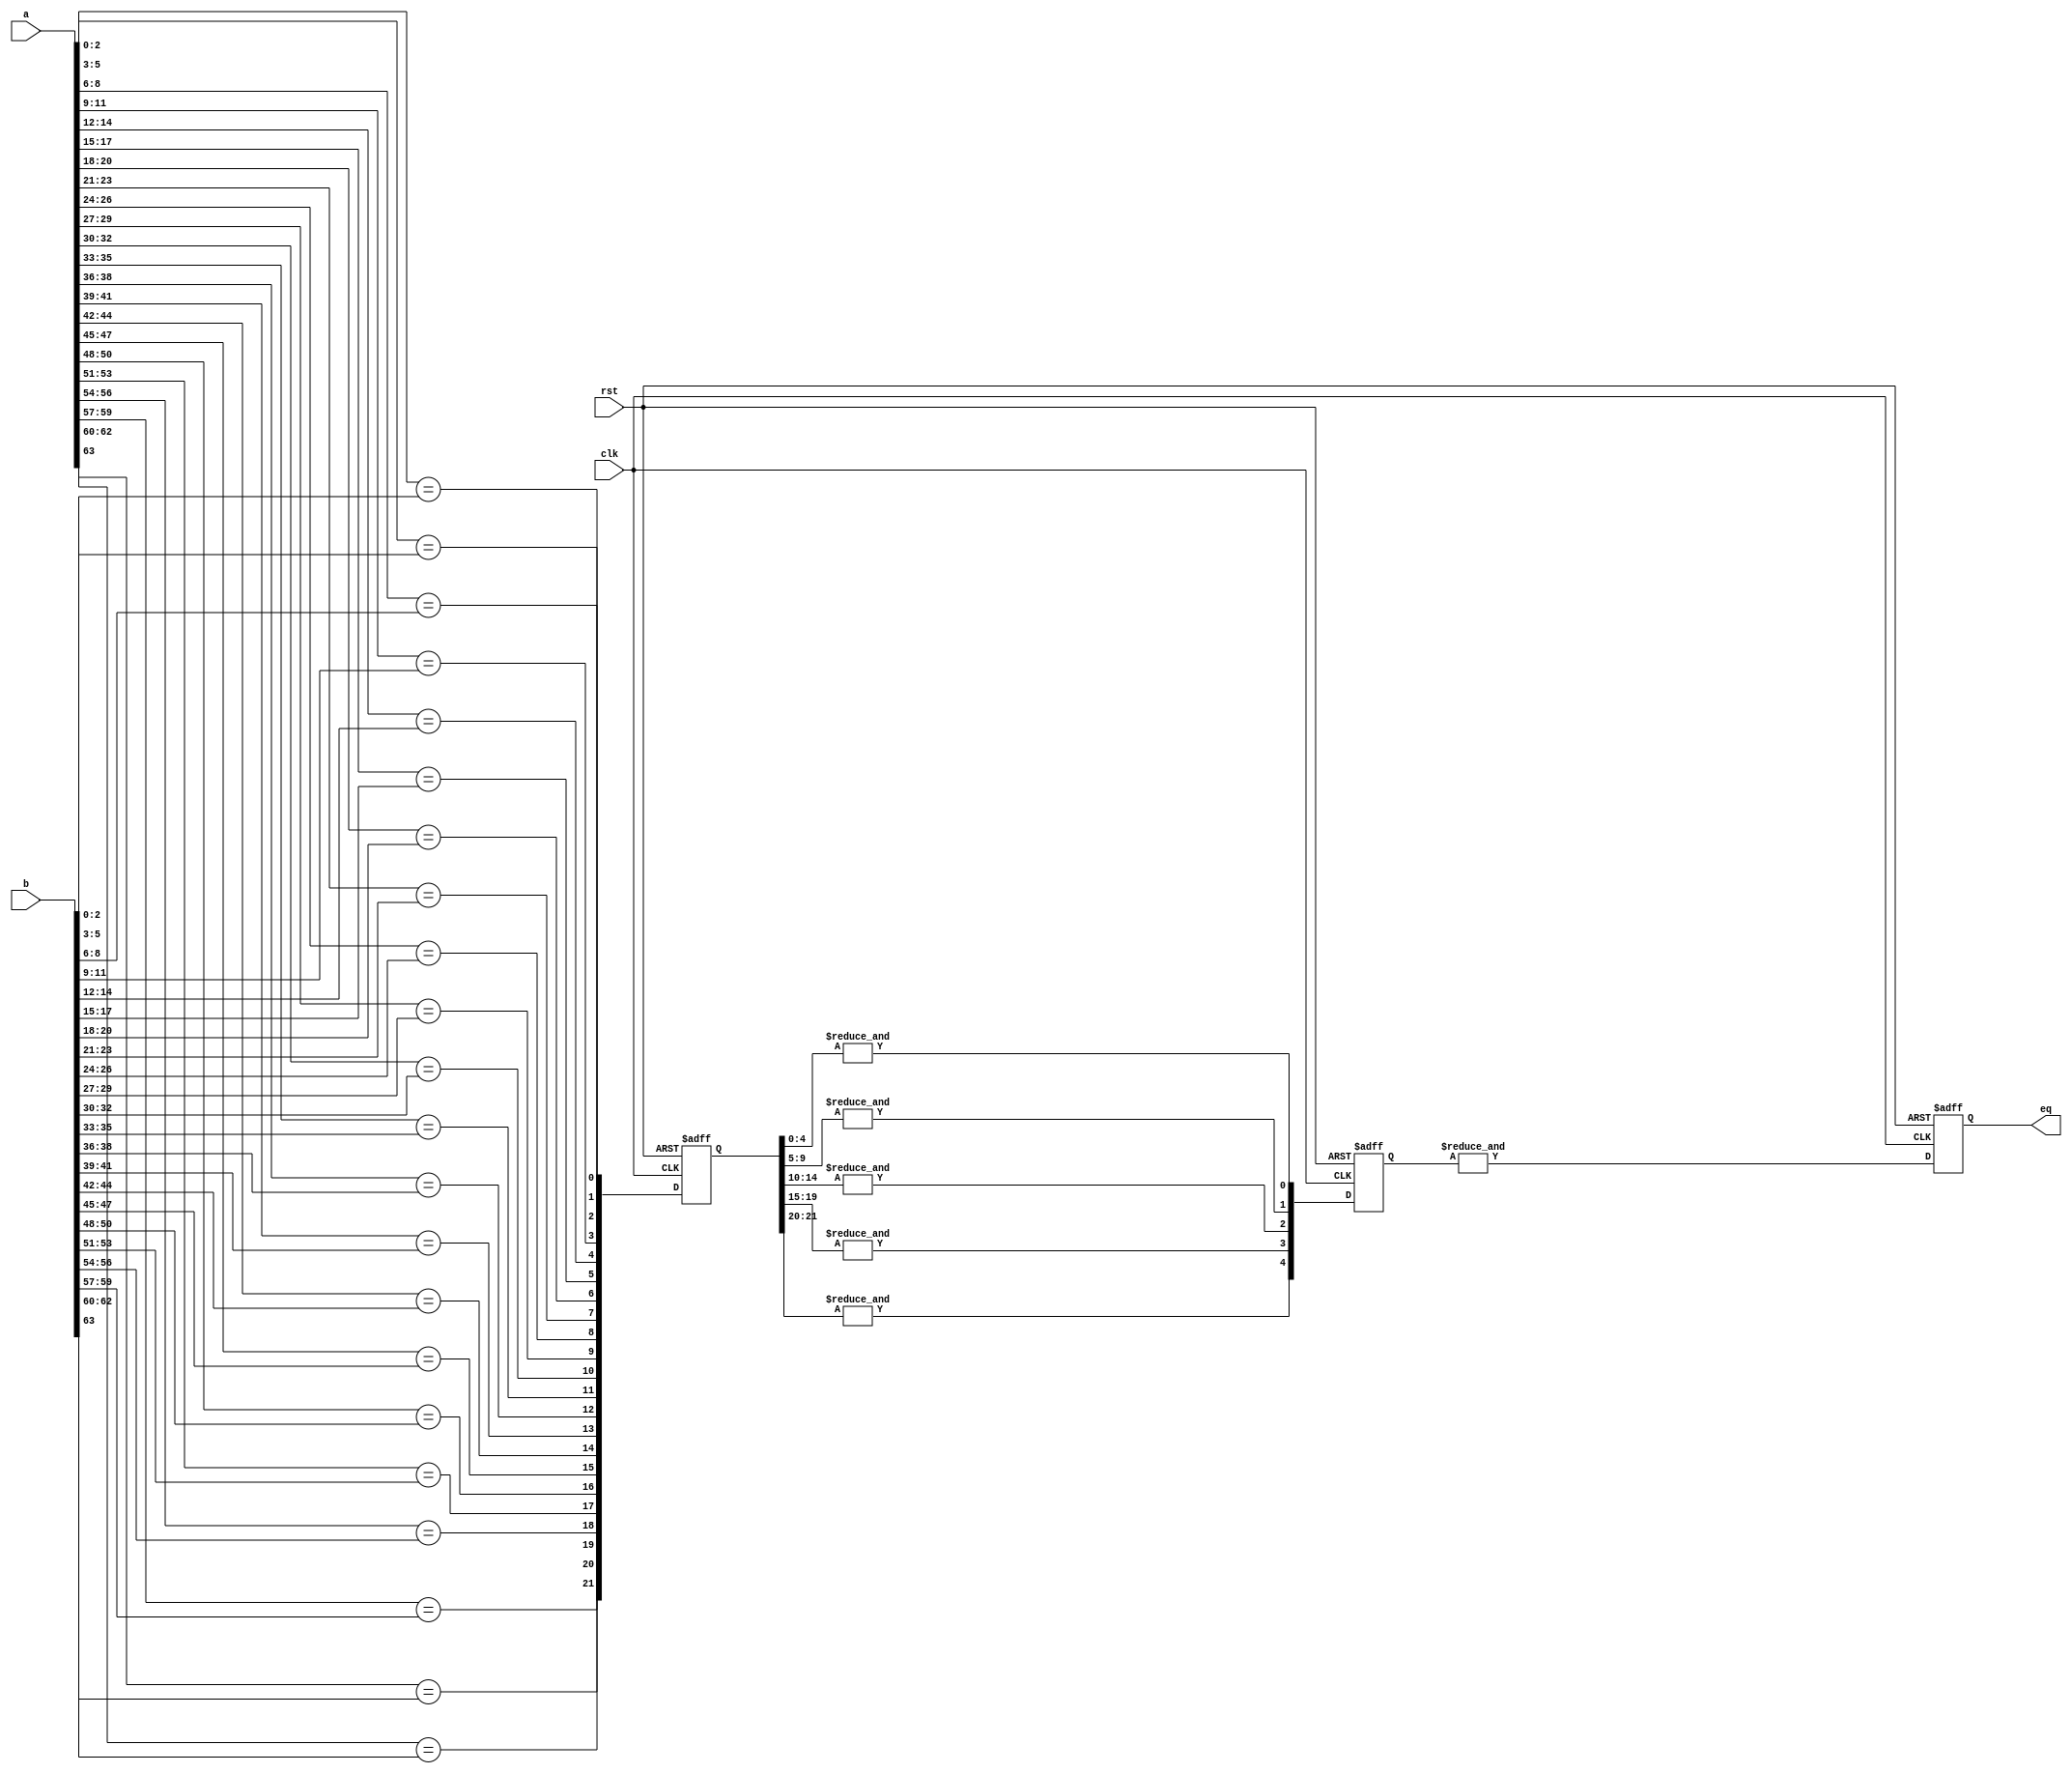
// Copyright 2007 Altera Corporation. All rights reserved.  
// Altera products are protected under numerous U.S. and foreign patents, 
// maskwork rights, copyrights and other intellectual property laws.  
//
// This reference design file, and your use thereof, is subject to and governed
// by the terms and conditions of the applicable Altera Reference Design 
// License Agreement (either as signed by you or found at www.altera.com).  By
// using this reference design file, you indicate your acceptance of such terms
// and conditions between you and Altera Corporation.  In the event that you do
// not agree with such terms and conditions, you may not use the reference 
// design file and please promptly destroy any copies you have made.
//
// This reference design file is being provided on an "as-is" basis and as an 
// accommodation and therefore all warranties, representations or guarantees of 
// any kind (whether express, implied or statutory) including, without 
// limitation, warranties of merchantability, non-infringement, or fitness for
// a particular purpose, are specifically disclaimed.  By making this reference
// design file available, Altera expressly does not recommend, suggest or 
// require that this reference design file be used in combination with any 
// other product not provided by Altera.
/////////////////////////////////////////////////////////////////////////////

// baeckler - 02-23-2006
// 64 bit equality compare with latency 3
//   Max 1 level of LUT logic between registers
//   Area - 21 6-LUT 5-5LUT 2-2LUT

module pipe_equal (a,b,clk,rst,eq);

input [63:0] a;
input [63:0] b;
input clk,rst;

output eq;
wire eq;

wire [21:0] level_0;
reg [21:0] level_0_r;
reg [4:0] level_1_r;
reg level_2_r;

// Compute equality in 3 bit segments.
genvar i;
generate
  for (i=0; i<21; i=i+1) 
  begin : l0
    wire [2:0] tmp_a;
    wire [2:0] tmp_b;
    assign tmp_a = a[3*i+2 : 3*i];
    assign tmp_b = b[3*i+2 : 3*i];
    assign level_0[i] = (tmp_a == tmp_b);
  end
endgenerate
assign level_0[21] = (a[63] == b[63]);

// First pipe register stage
always @(posedge clk or posedge rst) begin
  if (rst) level_0_r <= 22'b0;
  else level_0_r <= level_0;
end

// Start ANDing together the equality leaves
// we need 2 levels of LUT, so relaxed to 5 LUT
always @(posedge clk or posedge rst) begin
  if (rst) level_1_r <= 5'b0;
  else begin
    level_1_r[0] <= & level_0_r[4:0];
    level_1_r[1] <= & level_0_r[9:5];
    level_1_r[2] <= & level_0_r[14:10];
    level_1_r[3] <= & level_0_r[19:15];
    level_1_r[4] <= & level_0_r[21:20];
  end    
end

// final AND
always @(posedge clk or posedge rst) begin
  if (rst) level_2_r <= 1'b0;
  else begin
    level_2_r <= & level_1_r;
  end
end
assign eq = level_2_r;

endmodule